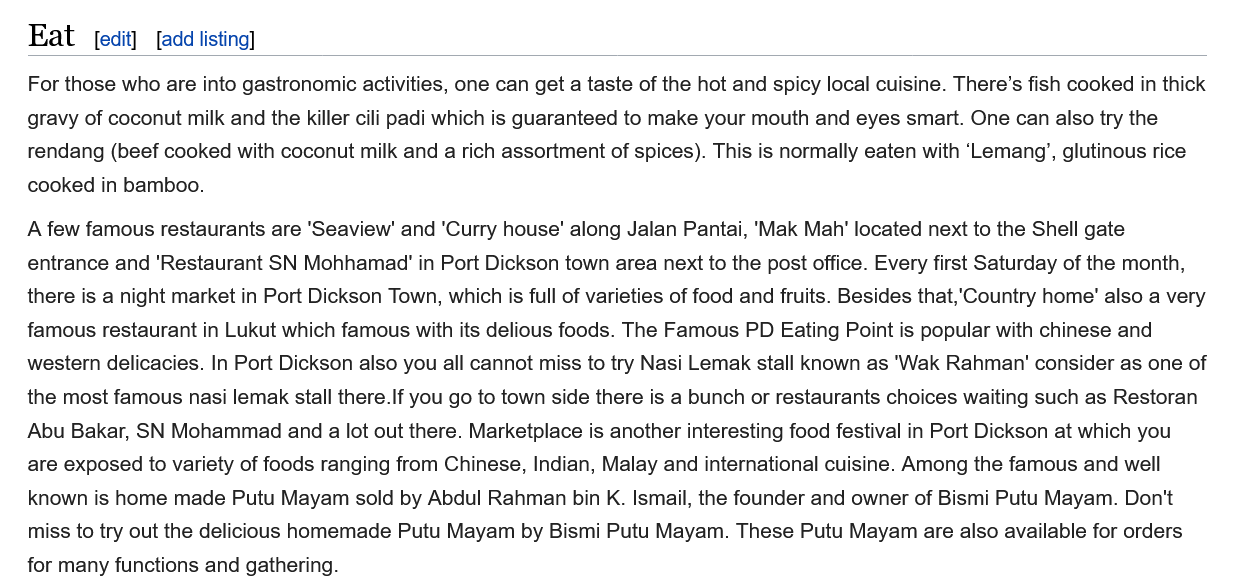
edit] add listing]
   For those who are into gastronomic activities, one can get a taste of the hot and spicy local cuisine. There's fish cooked in thick
   gravy of coconut milk and the killer cili padi which is guaranteed to make your mouth and eyes smart. One can also try the
   rendang (beef cooked with coconut milk and a rich assortment of spices). This is normally eaten with ‘Lemang’, glutinous rice
   cooked in bamboo.
   A few famous restaurants are ‘Seaview’ and ‘Curry house’ along Jalan Pantai, ‘Mak Mah' located next to the Shell gate
   entrance and ‘Restaurant SN Mohhamad' in Port Dickson town area next to the post office. Every first Saturday of the month,
   there is a night market in Port Dickson Town, which is full of varieties of food and fruits. Besides that,'Country home’ also a very
   famous restaurant in Lukut which famous with its delious foods. The Famous PD Eating Point is popular with chinese and
   western delicacies. In Port Dickson also you all cannot miss to try Nasi Lemak stall known as 'Wak Rahman’ consider as one of
   the most famous nasi lemak stall there.If you go to town side there is a bunch or restaurants choices waiting such as Restoran
   Abu Bakar, SN Mohammad and a lot out there. Marketplace is another interesting food festival in Port Dickson at which you
   are exposed to variety of foods ranging from Chinese, Indian, Malay and international cuisine. Among the famous and well
   known is home made Putu Mayam sold by Abdul Rahman bin K. Ismail, the founder and owner of Bismi Putu Mayam. Don't
   miss to try out the delicious homemade Putu Mayam by Bismi Putu Mayam. These Putu Mayam are also available for orders
   for many functions and gathering.